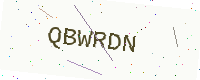
Text: QBWRDN